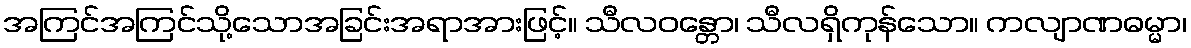
အကြင်အကြင်သို့သောအခြင်းအရာအားဖြင့်။ သီလဝန္တော၊ သီလရှိကုန်သော။ ကလျာဏဓမ္မာ၊